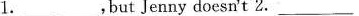
1.___,but Jenny doesn't 2. ___